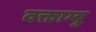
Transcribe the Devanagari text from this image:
वक्ताम्बु